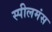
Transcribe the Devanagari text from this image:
स्पीलमंस